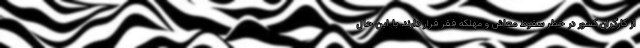
از کارگران کشور در خطر سقوط معاش و مهلکه فقر قرار دارند. با این حال